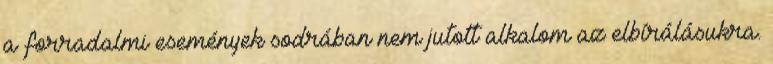
a forradalmi események sodrában nem jutott alkalom az elbírálásukra.